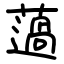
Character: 薖